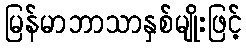
မြန်မာဘာသာနှစ်မျိုးဖြင့်